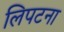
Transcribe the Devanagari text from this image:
लिपटना